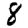
Digit: 8